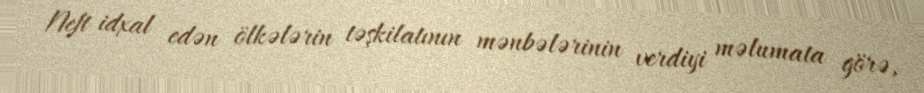
Neft idxal edən ölkələrin təşkilatının mənbələrinin verdiyi məlumata görə,